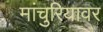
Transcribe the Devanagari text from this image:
मांचुरियावर